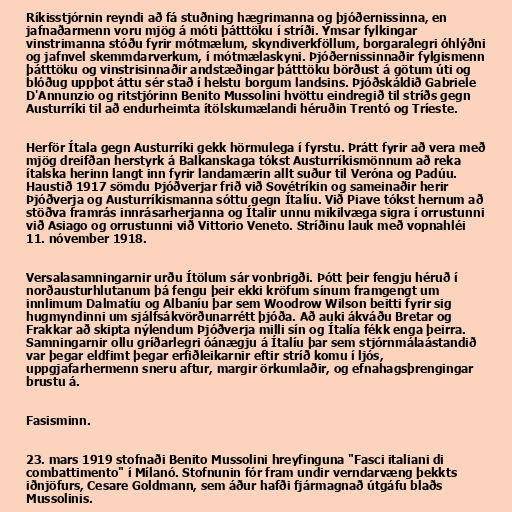
Ríkisstjórnin reyndi að fá stuðning hægrimanna og þjóðernissinna, en
jafnaðarmenn voru mjög á móti þátttöku í stríði. Ýmsar fylkingar
vinstrimanna stóðu fyrir mótmælum, skyndiverkföllum, borgaralegri óhlýðni
og jafnvel skemmdarverkum, í mótmælaskyni. Þjóðernissinnaðir fylgismenn
þátttöku og vinstrisinnaðir andstæðingar þátttöku börðust á götum úti og
blóðug uppþot áttu sér stað í helstu borgum landsins. Þjóðskáldið Gabriele
D'Annunzio og ritstjórinn Benito Mussolini hvöttu eindregið til stríðs gegn
Austurríki til að endurheimta ítölskumælandi héruðin Trentó og Tríeste.

Herför Ítala gegn Austurríki gekk hörmulega í fyrstu. Þrátt fyrir að vera með
mjög dreifðan herstyrk á Balkanskaga tókst Austurríkismönnum að reka
ítalska herinn langt inn fyrir landamærin allt suður til Veróna og Padúu.
Haustið 1917 sömdu Þjóðverjar frið við Sovétríkin og sameinaðir herir
Þjóðverja og Austurríkismanna sóttu gegn Ítalíu. Við Piave tókst hernum að
stöðva framrás innrásarherjanna og Ítalir unnu mikilvæga sigra í orrustunni
við Asiago og orrustunni við Vittorio Veneto. Stríðinu lauk með vopnahléi
11. nóvember 1918.

Versalasamningarnir urðu Ítölum sár vonbrigði. Þótt þeir fengju héruð í
norðausturhlutanum þá fengu þeir ekki kröfum sínum framgengt um
innlimum Dalmatíu og Albaníu þar sem Woodrow Wilson beitti fyrir sig
hugmyndinni um sjálfsákvörðunarrétt þjóða. Að auki ákváðu Bretar og
Frakkar að skipta nýlendum Þjóðverja milli sín og Ítalía fékk enga þeirra.
Samningarnir ollu gríðarlegri óánægju á Ítalíu þar sem stjórnmálaástandið
var þegar eldfimt þegar erfiðleikarnir eftir stríð komu í ljós,
uppgjafarhermenn sneru aftur, margir örkumlaðir, og efnahagsþrengingar
brustu á.

Fasisminn.

23. mars 1919 stofnaði Benito Mussolini hreyfinguna "Fasci italiani di
combattimento" í Mílanó. Stofnunin fór fram undir verndarvæng þekkts
iðnjöfurs, Cesare Goldmann, sem áður hafði fjármagnað útgáfu blaðs
Mussolinis.